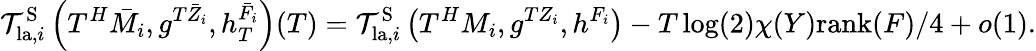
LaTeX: \mathcal{T}_{\mathrm{la},i}^{\mathrm{S}}\left(T^{H}\bar{M}_{i},g^{T{\bar{Z}}_{i}},h_{T}^{\bar{F}_{i}}\right)(T)=\mathcal{T}_{\mathrm{la},i}^{\mathrm{S}}\left(T^{H}M_{i},g^{TZ_{i}},h^{F_{i}}\right)-T\log(2)\chi(Y)\mathrm{rank}(F)/4+o(1).